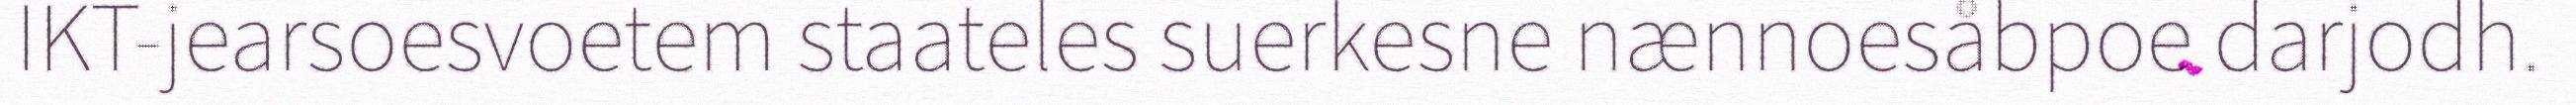
IKT-jearsoesvoetem staateles suerkesne nænnoesåbpoe darjodh.